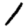
Digit: 1